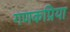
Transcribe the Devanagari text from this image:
गणकप्रिया